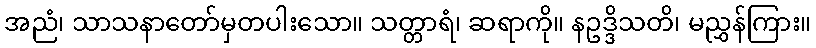
အညံ၊ သာသနာတော်မှတပါးသော။ သတ္တာရံ၊ ဆရာကို။ နဥဒ္ဒိသတိ၊ မညွှန်ကြား။